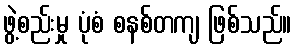
ဖွဲ့စည်းမှု ပုံစံ စနစ်တကျ ဖြစ်သည်။